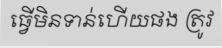
ធ្វើមិនទាន់ហើយផង ត្រូវ